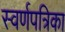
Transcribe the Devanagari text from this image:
स्वर्णपत्रिका